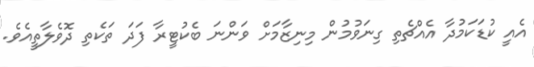
އެއީ ކުޑަކަމުދާ އެއްޗެތި ގިނަވުމުން މިނިޒާމަށް ވަންނަ ބެކުޓީރާ ފަދަ ތަކެތި ދޮވެލާތީއެވެ.